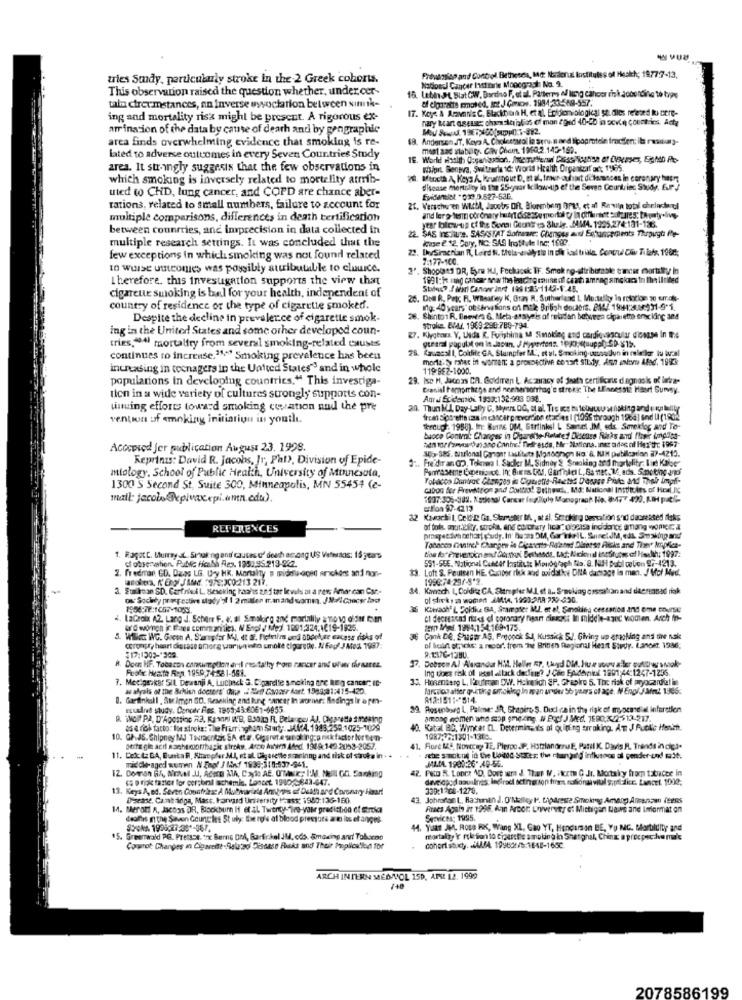
tries Study, particularly stroke in the 2 Greek cohorts.
Prevasiliss and Control Bethesda, Md: Narderual Institutes of Health; 1977-7-13.
This observation raised the question whether, under cer-
NadosJ Cancer batterie Moocgrach No. 9.
Latin.PL Slat OW, Bordino F, et al. Patterns of lung cancer risk according to type
of Claratts emot ed. Int J Gorowe. 1984-33588-557.
talm ctrexmstances, an Inverse wwoctation between sinnk-
17. Key: A Aravanic C. Blackburn H, et al. Epidemiological Studies related ki tiere-
ing and mortality risk might be present. A rigorous ex-
nary kaart aseter: chenstorialios of mon egned 40-25 in sovde countries. Acte
arrination of the data by cause of death and by geographic
area finds overwhelming evidence that smoking is re-
18. Andersen,ST. Kaya A. Choicesseol la seru. n and lipoprotele fradifen; il realy-
mont aad stabilty. Golv Chein. 1960.2.145-169.
lated to adverse outcomes in every Seven Countries Study
area. It stringly suggests that the few observations in
Whipit. Benpra, Switzerla id: world Health Organtuf oft 19475.
which smoking is inversely related to mortality atrib-
78. Meccta A, Keys A, Kruftnout D, et al, tror ouhat di lacances in coronary hapr
uted to CHD, lung cancer, and COPD are chance aber-
disease mertsiity in the 25-gvor Icilow-up of the Seven Countrisc Study. E.P /
Evidenslot "039 9.527-53C.
rations, related to small numbers, failure to zecount for
21. Verschw'en WithA, Jaochs Of, Bloembem OPLA, et al Revila total chelachrtl
multiple comparisons, differences in death certification
between countries, and imprecision in data collected in
ear lolcats of the Sonni Geont ts Shuir. MMA. 1295.274:181-135.
multiple research settings. It was concluded that the
22. SAS InEliLe. SASASTAT Somnaare: Changes asl Estaserpents Thepugt: ftp-
case 2 12, Cory, NC: SAS Inostyle Inc; 1680.
22. DerSimonian Rt, Loird N. thela-e dily sie in die ical trille. Contrudl Cli 7. lefr. 1062;
few exceptions in which smoking was not found related
7:177-100
to Wulse uutones was possibly attributable to cluwice.
3'. Shoplats DR, Eyre MJ, Fechaosk TF. Smok ng-attribureste trose mortilly in
therefore. this investigation supports the view that
1991:1 mmg cancer now the lonCire raune of ceath amning sickacs in the limited
cigarette smoking is bal for your health, independent of
25. Det R. Proc R. WBlealley K, Gray A. Sutherland L Mortally lo rosxion 30 s.r.d%-
country of residence or the type of cigarette smoked.
mg: 40 years" observations on msk British doctors. PM4 1941:3086931 -9-1.
Despite the decline in prevalence of cigarette smok-
28. Shinto1 R. Baevers 6. Meta-asayels of relatan between cigarette srocking and
ing in the United States and some other developed coun-
stroke. EVAY. 1969-290:789-794.
27. Klyghara. Y. Usda R. Furtshima M Smoking and cardiovascular dicouse In the
tries,14l mortality from several smoking-related causes
78. Kauacall, Coldite GA, Stunpfer ML.", et al. Smoking-usos Jun in rele ler lu bucal
continues to increase.1 **** Smoking prevalence has been
morte: ratec in women; a prospective conart silly. Asp anyw Afad, 1993:
increasing in teenagers in the United States"' and in whole
119:BE2-1600.
populations in developing countries." This investiga-
29. Iso M, Jacoas CA. Goldiren L. Accuracy of death certificate degnosk o' lakra-
Cranial temorrhage and neehansorrhag'e streki: The LEnnessta Haset Survey.
tion in a wide variety of cultures strongly supports con-
Antal Exidennioi 1953:132.983 038.
unuing efforts toward smoking cupation nud the pre
30. Thun kA Day-Lally C. Myers DO, et al Tre ics bu tobuwww naking and Ratelitr
vention of smoking initiation in youil.
frcan dipsrette casa in cancer pozverdibe etacies | [1956 through 1966] snd U (1902
through. 1988). In: Burns DM, Gurlinksl L Saintel JM, sds Sereidoç and To-
bucce Contmi: Changes in Cigarette- Related Disease Slicks and flower Ingles-
Accepted Jer publication August 23. 1998.
145-Str. muurional Ganar Lislitets Mondorson ko' &, KIM publication 27-4212.
Reprints: David R. Jacobs, Jr, Pat), Division of Epide-
Fre der an GO, Teknea I. Sader M. Sidney & Sraoking and mhortolitr; Iint Kaise"
miology, School of Public Health, University of Minnesota,
Tobacco Contrac Changes in Co
1300 S Second St, Suite 300, Minneapolis, MN 55454 (e-
cabron for Prevention and Control Bethes ., Md: National Institles of Heel INC
1007:305-382. Kotlesa/ Cancer Ingpillule Mamagraaf Ho. 8:477 420. KIH puel-
erflon 97-42.13
32 Kaworkil, Celf'D Gs. Skmnster MA, at al. Scroking Destation said decreased fleks
REFERENCES
of bola. mur.elity, stroke, and colorary hear" olbersa incidence among wonka
praspeedch ochar; chudy. In' butas DM, Gar"TheIL, Sure:JM, eds. Smmaking and'
tion forPrevention and Gonki Bethssds, L&t; Nekunal institutes of liseth; 1997:
Tobacco mantret Changes in Digascris-Related Dieerst Picks and The Implica-
1. Ragotc. Hurry JL. Speaking and causes of death among US Veterios: 15 years
551-SEE. National Cutter Institute Monograph Dla. 9. NUH Bubl colon S :- 4213.
ci observation. Pable ficale Res. 1950,95.213-222.
Loft S. Poulsen HE. Carbor rick and oxidatki DNA damage in man. J Mol Med.
anchea, f'Engl J Med. 978:300:213 211,
far CD. Dans LG. Ury HK, Mertalty a middle-aged anchert and non-
1990:74:29/-8'2.
3. Suriloan SD. Carfried L. aracking haahs and tar Ievals at a new American Car .-
Kansch L, Colditz GA, Sitripfer M.Let a .. Smoking osssalian and deersanad rok
os Society propestive utgdy'of 1 2 maler manand somm. JN-AGancy lad
1996:72:1057-1053.
Kikach" IL Doldie GA, Sramgter MUJ. et al, Sanoling cessation and eme course
4. LaCroix (2. Lang J. Scherr F. g. al Smakirg and mortalily a novo oider cien
et decrescad noes el coronary heart diasest In middle-aged women. Arch fo-
ter Mei. 1994:154:169-175.
5. Willen WNG. Green A. Starupfer MI, et al. Fielvilns und abook,se cacass risks of
36 Conk De. Shaper AG. Preçook SJ, Kussick S.J. Giving up aruling and one nak
$17:1303-1302.
coronary heart distase amore warin wen smoke cipurethe. NEop JMed 1997:
9.1376-1280.
of lesint etpacks: a repor", frem The British Regional Heart Study. Lancet. 1936;
. Dobson A/ Alexandar Hill. Heller RP, (huyd Die, Hur stoy aller oukohwy shak-
R. Doen HF. Tobacon consumption and mortally for cancer and wuer chraares.
Frolic Heath Ren 1959 74-58 1-561.
Ing toes risk of wsel allack deciune? J Cie EAident 1991:44:1247-1256.
7. Medigaskar SIL Dewanji A, Lucheck G. Cigarette smoking are heg cancer IC-
. Hosenterg L. Kaufman DW. Holnelich SP. Chapkre 5. The risk of pryocardhet in
as alyals of the Brkish docsers' due . Net Cancer Aart. 1969;81:415-420.
B. Gardinkull , Sur imen SD. Resaking and lung cancer In arorie: Bindings Ir a pes-
812:151 :-* 514
exusand study. Concer Fes. 1959:43:6061-6955.
29. Rosenborg L, Palone: SR, Shapiro-S. Dudine in the risk of myocardial infarction
9. iMol PA, D'Agostino R3. KIMIN WB, Bol R. Belarper AJ, Cigarette shekinp
among women who stop emening. W Bocf J Med. 7E80.25/2512-217.
as a rich facto: Ilor stroke: The Fruringham Study. M.MA. 1983,259.1025-1009
40. Katal BC, Wyncar CL. Determinails of Quining taraking. AT JALelis Hench.
10. GP.JS. Chipney MJ Tauracrisis SA et #. Cigarete sansk ingra riskfactor horten-
1987:32:1301-1305.
perfa gle acil aaehemorrhagic stroke. Arco Inturn Afed. 1949:149 2053-2057.
11. Fore MA, Novccay TE, Pieroo .P. HotzianorzuE, Patil K. Davis F. Trends in cip.3.
11. Det tz DA, Bunta R, Sharpfer M.I, et al. Cigarette scar inng and risk of stroke in . .
middle- aged woman N Enot / Mnf 1939;310:537-641.
sehe smalkne in tre Udildd Stres: the changing influusaos al gender-undf wdt.
42. Peto R. Loner 1D. Dort want J. That M. Fkort G Jr. Mortalry from tatracce in
JALLA. 1900:26- 49-56.
(5 o fiok faster for personal isthemis. Lancet 1940/0843-647.
13. Keys A, ed. Seven Countries: A Mulherizle Antep's of Death and Coronary Heart
339:17c8-1278.
Disease, Cantaidiga, Masc. Harvard University Haass: 1980:136-180.
43. Johnston L, Rachman J. O'Malley I. tparese Smoking Among Alcanzan Teens
1. Merott A, Jacos DR. Blackburn If et al. Twenty-"ire-yair prediction of Stroke
Rises Again ir 1998. Ann Arbor: Loversty of Michigan Hairs and Imlarmat on
dedihis inthe Seven Gounckes St uly: Be role al blood pressure a ei its et angio
Services; 1995.
SOokA 1999:27:35 *- 357.
14. Yuat MM, Ross RK, Wang XL, Gao YT, Henderson BE, Y NG. Mortildity and
15. Greenwaldl PG. PTEtASE, 'rx Berne DrÅ, Garfinkel JM, ods. amazing and Tobaron
mortaliy 'r rtlesion to ciperthe smoking in Shatghal, Ching a procpechva male
Cowrot Changes in Cigarette-Salatzo Discese Risks and Their Moplios'lod for
ARCH INTERN MEDMOL 15D. APSL 12. 1999
140
2078586199